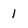
Character: 1